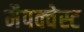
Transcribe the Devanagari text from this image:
मैपक्वेस्ट